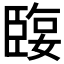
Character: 𦣬